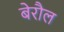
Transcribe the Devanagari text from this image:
बेरौल